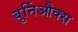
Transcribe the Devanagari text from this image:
बुर्निऔक्स